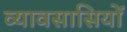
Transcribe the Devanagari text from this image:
व्यावसासियों